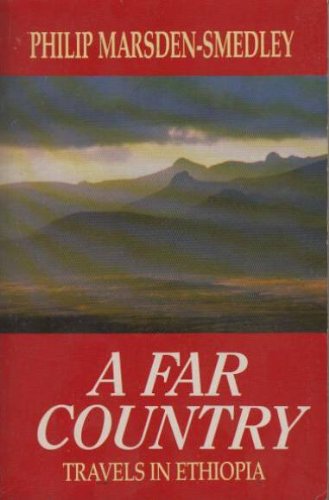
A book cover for A Far Country: Travels in Ethiopia (Century Travellers); PHILIP MARSDEN-SMEDLEY; Travel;